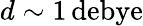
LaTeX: d\sim 1\, \mathrm{debye}